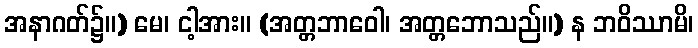
အနာဂတ်၌။) မေ၊ ငါ့အား။ (အတ္တဘာဝေါ၊ အတ္တဘောသည်။) န ဘဝိဿာမိ၊